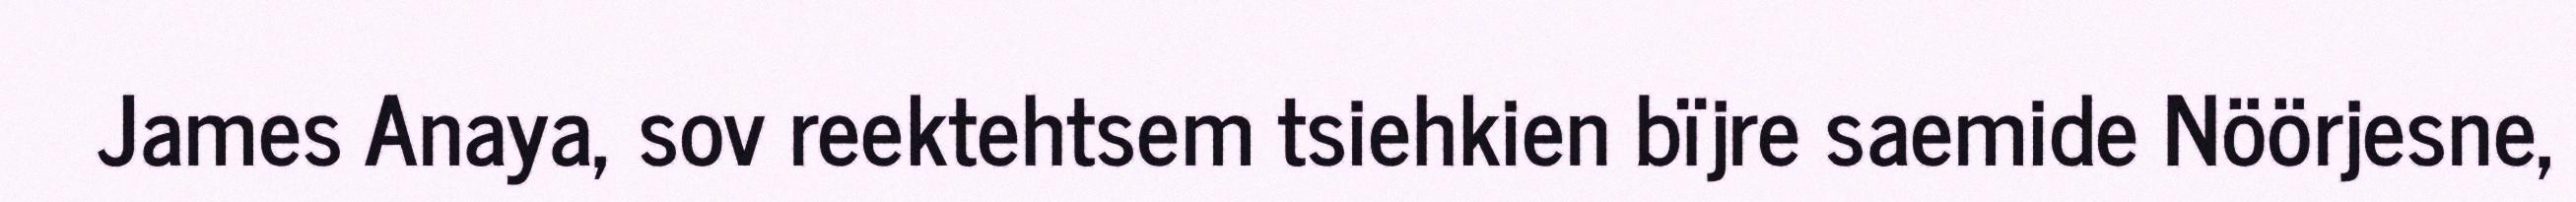
James Anaya, sov reektehtsem tsiehkien bïjre saemide Nöörjesne,